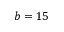
b = 1 5